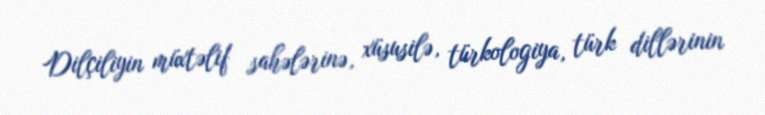
Dilçiliyin müxtəlif sahələrinə, xüsusilə, türkologiya, türk dillərinin